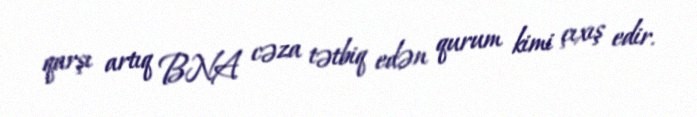
qarşı artıq BNA cəza tətbiq edən qurum kimi çıxış edir.